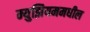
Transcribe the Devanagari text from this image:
म्युझियममधील